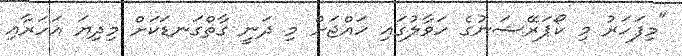
"މިފަހަރު މި ކޯޕަރޭޝަނުގެ ހަވާލުގައި ހައްޖަށް މި ދަނީ ގާތްގަނޑަކަށް މިދިޔަ އަހަރާއި